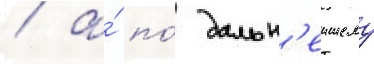
/ а́ по́ дальн'еишему